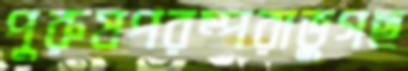
পুরুষপরম্পরাভুগছ